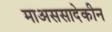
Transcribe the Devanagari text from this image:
माअससादेकीन